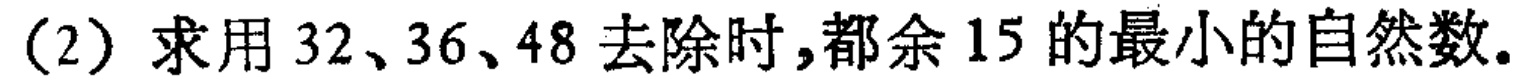
(2) 求用 \(32、36、48\) 去除时，都余 \(15\) 的最小的自然数。